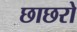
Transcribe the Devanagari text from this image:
छाछरो